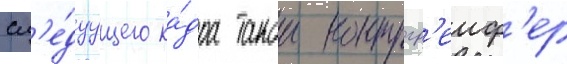
сл'е́дуущего ка́дра такои контргр'еиф'ер